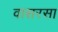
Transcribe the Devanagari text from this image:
वासरसा